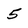
Character: 5